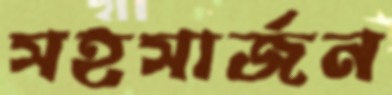
সহসার্জন